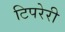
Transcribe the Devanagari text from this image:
टिपरेरी